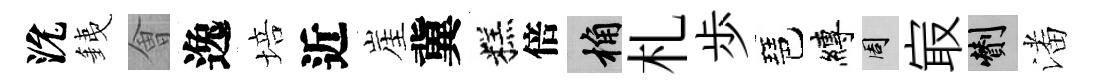
沇銕㑹逸培近崖冀糕倍桷札歩琶縛周㝡剪潘